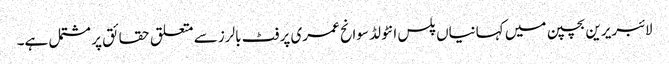
لائبریرین بچپن میں کہانیاں پلس انٹولڈ سوانح عمری پر فٹ بالرز سے متعلق حقائق پر مشتمل ہے۔